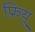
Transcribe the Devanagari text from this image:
फ्रियू